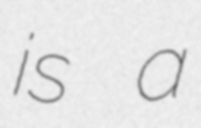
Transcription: is a